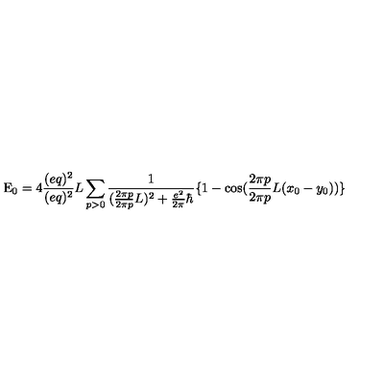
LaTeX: \mathrm { E } _ { 0 } = 4 \frac { ( e q ) ^ { 2 } } { ( e q ) ^ { 2 } } { L } \sum _ { p > 0 } \frac { 1 } { ( \frac { 2 \pi p } { 2 \pi p } { L } ) ^ { 2 } + \frac { e ^ { 2 } } { 2 \pi } \hbar } \{ 1 - \cos ( \frac { 2 \pi p } { 2 \pi p } { L } ( x _ { 0 } - y _ { 0 } ) ) \}